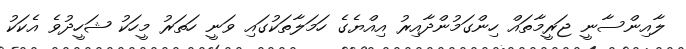
ލާއިންސާނީ ޖަރީމާތައް ހިންގަމުންދާއިރު އިއްޔެގެ ހަމަލާތަކުގައި ވަނީ ހަތަރު މީހަކު ޝަހީދުވެ އެކަކު